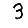
Digit: 3